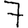
Digit: 7